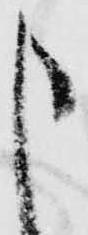
申